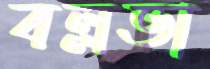
বল্লভা